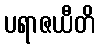
ပရာဇယီတိ